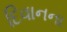
દિવાનના